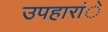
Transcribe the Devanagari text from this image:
उपहारांे